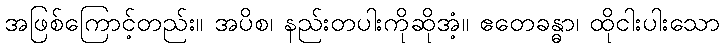
အဖြစ်ကြောင့်တည်း။ အပိစ၊ နည်းတပါးကိုဆိုအံ့။ ဧတေခန္ဓာ၊ ထိုငါးပါးသော